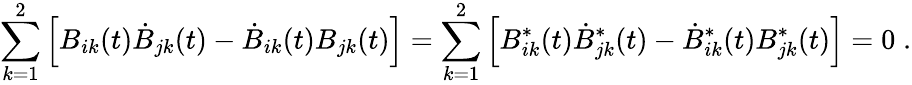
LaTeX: \sum_{k=1}^{2}\left[B_{ik}(t)\dot{B}_{jk}(t)-\dot{B}_{ik}(t)B_{jk}(t)\right]=\sum_{k=1}^{2}\left[B_{ik}^{\ast}(t)\dot{B}_{jk}^{\ast}(t)-\dot{B}_{ik}^{\ast}(t)B_{jk}^{\ast}(t)\right]=0\; .